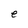
Character: e